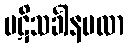
ပဋိသင်္ခါနဗလာ